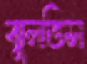
ঝুলতিস